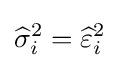
{\widehat {\sigma }}_{i}^{2}={\widehat {\varepsilon }}_{i}^{2}